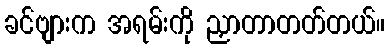
ခင်ဗျားက အရမ်းကို ညှာတာတတ်တယ်။